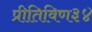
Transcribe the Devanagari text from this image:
प्रीतिविण३४